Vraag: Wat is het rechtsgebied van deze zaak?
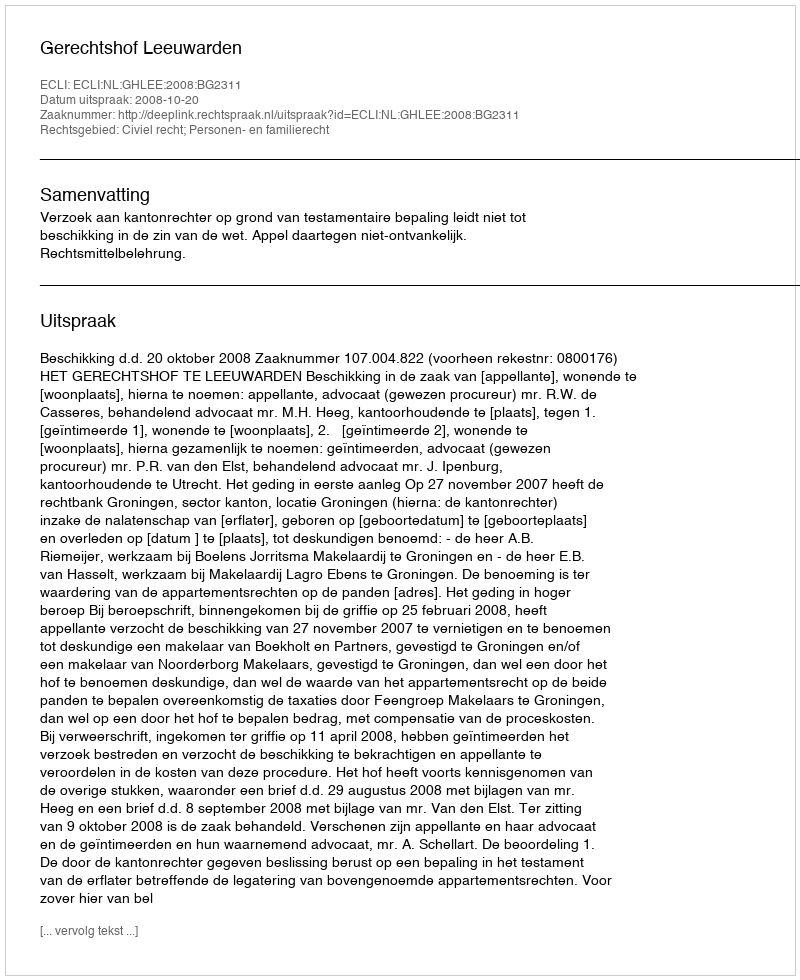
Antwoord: Civiel recht; Personen- en familierecht